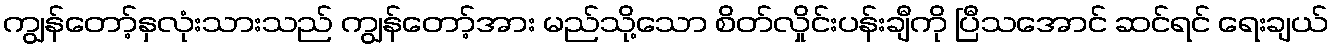
ကျွန်တော့်နှလုံးသားသည် ကျွန်တော့်အား မည်သို့သော စိတ်လှိုင်းပန်းချီကို ပြီသအောင် ဆင်ရင် ရေးချယ်